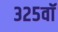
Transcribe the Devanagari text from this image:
३२५वॉ